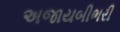
અજાયબીભરી